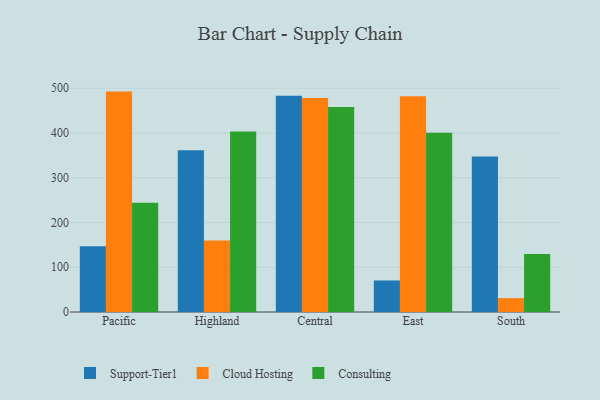
{"axis": {"x": "Region", "y": "Conversion Rate (%)"}, "legend": ["Cloud Hosting", "Consulting", "Support-Tier1"], "data": [{"x": "Pacific", "y": 147.2, "type": "Support-Tier1"}, {"x": "Pacific", "y": 492.6, "type": "Cloud Hosting"}, {"x": "Pacific", "y": 244.2, "type": "Consulting"}, {"x": "Highland", "y": 361.5, "type": "Support-Tier1"}, {"x": "Highland", "y": 159.8, "type": "Cloud Hosting"}, {"x": "Highland", "y": 403.7, "type": "Consulting"}, {"x": "Central", "y": 483.6, "type": "Support-Tier1"}, {"x": "Central", "y": 478.2, "type": "Cloud Hosting"}, {"x": "Central", "y": 458.3, "type": "Consulting"}, {"x": "East", "y": 70.5, "type": "Support-Tier1"}, {"x": "East", "y": 482.1, "type": "Cloud Hosting"}, {"x": "East", "y": 400.7, "type": "Consulting"}, {"x": "South", "y": 347.5, "type": "Support-Tier1"}, {"x": "South", "y": 31.0, "type": "Cloud Hosting"}, {"x": "South", "y": 129.9, "type": "Consulting"}]}